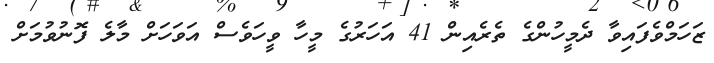
ޒަހަމްވެފައިވާ ދެމީހުންގެ ތެރެއިން 41 އަހަރުގެ މީހާ ވީހަވެސް އަވަހަށް މާލެ ފޮނުވުމަށް